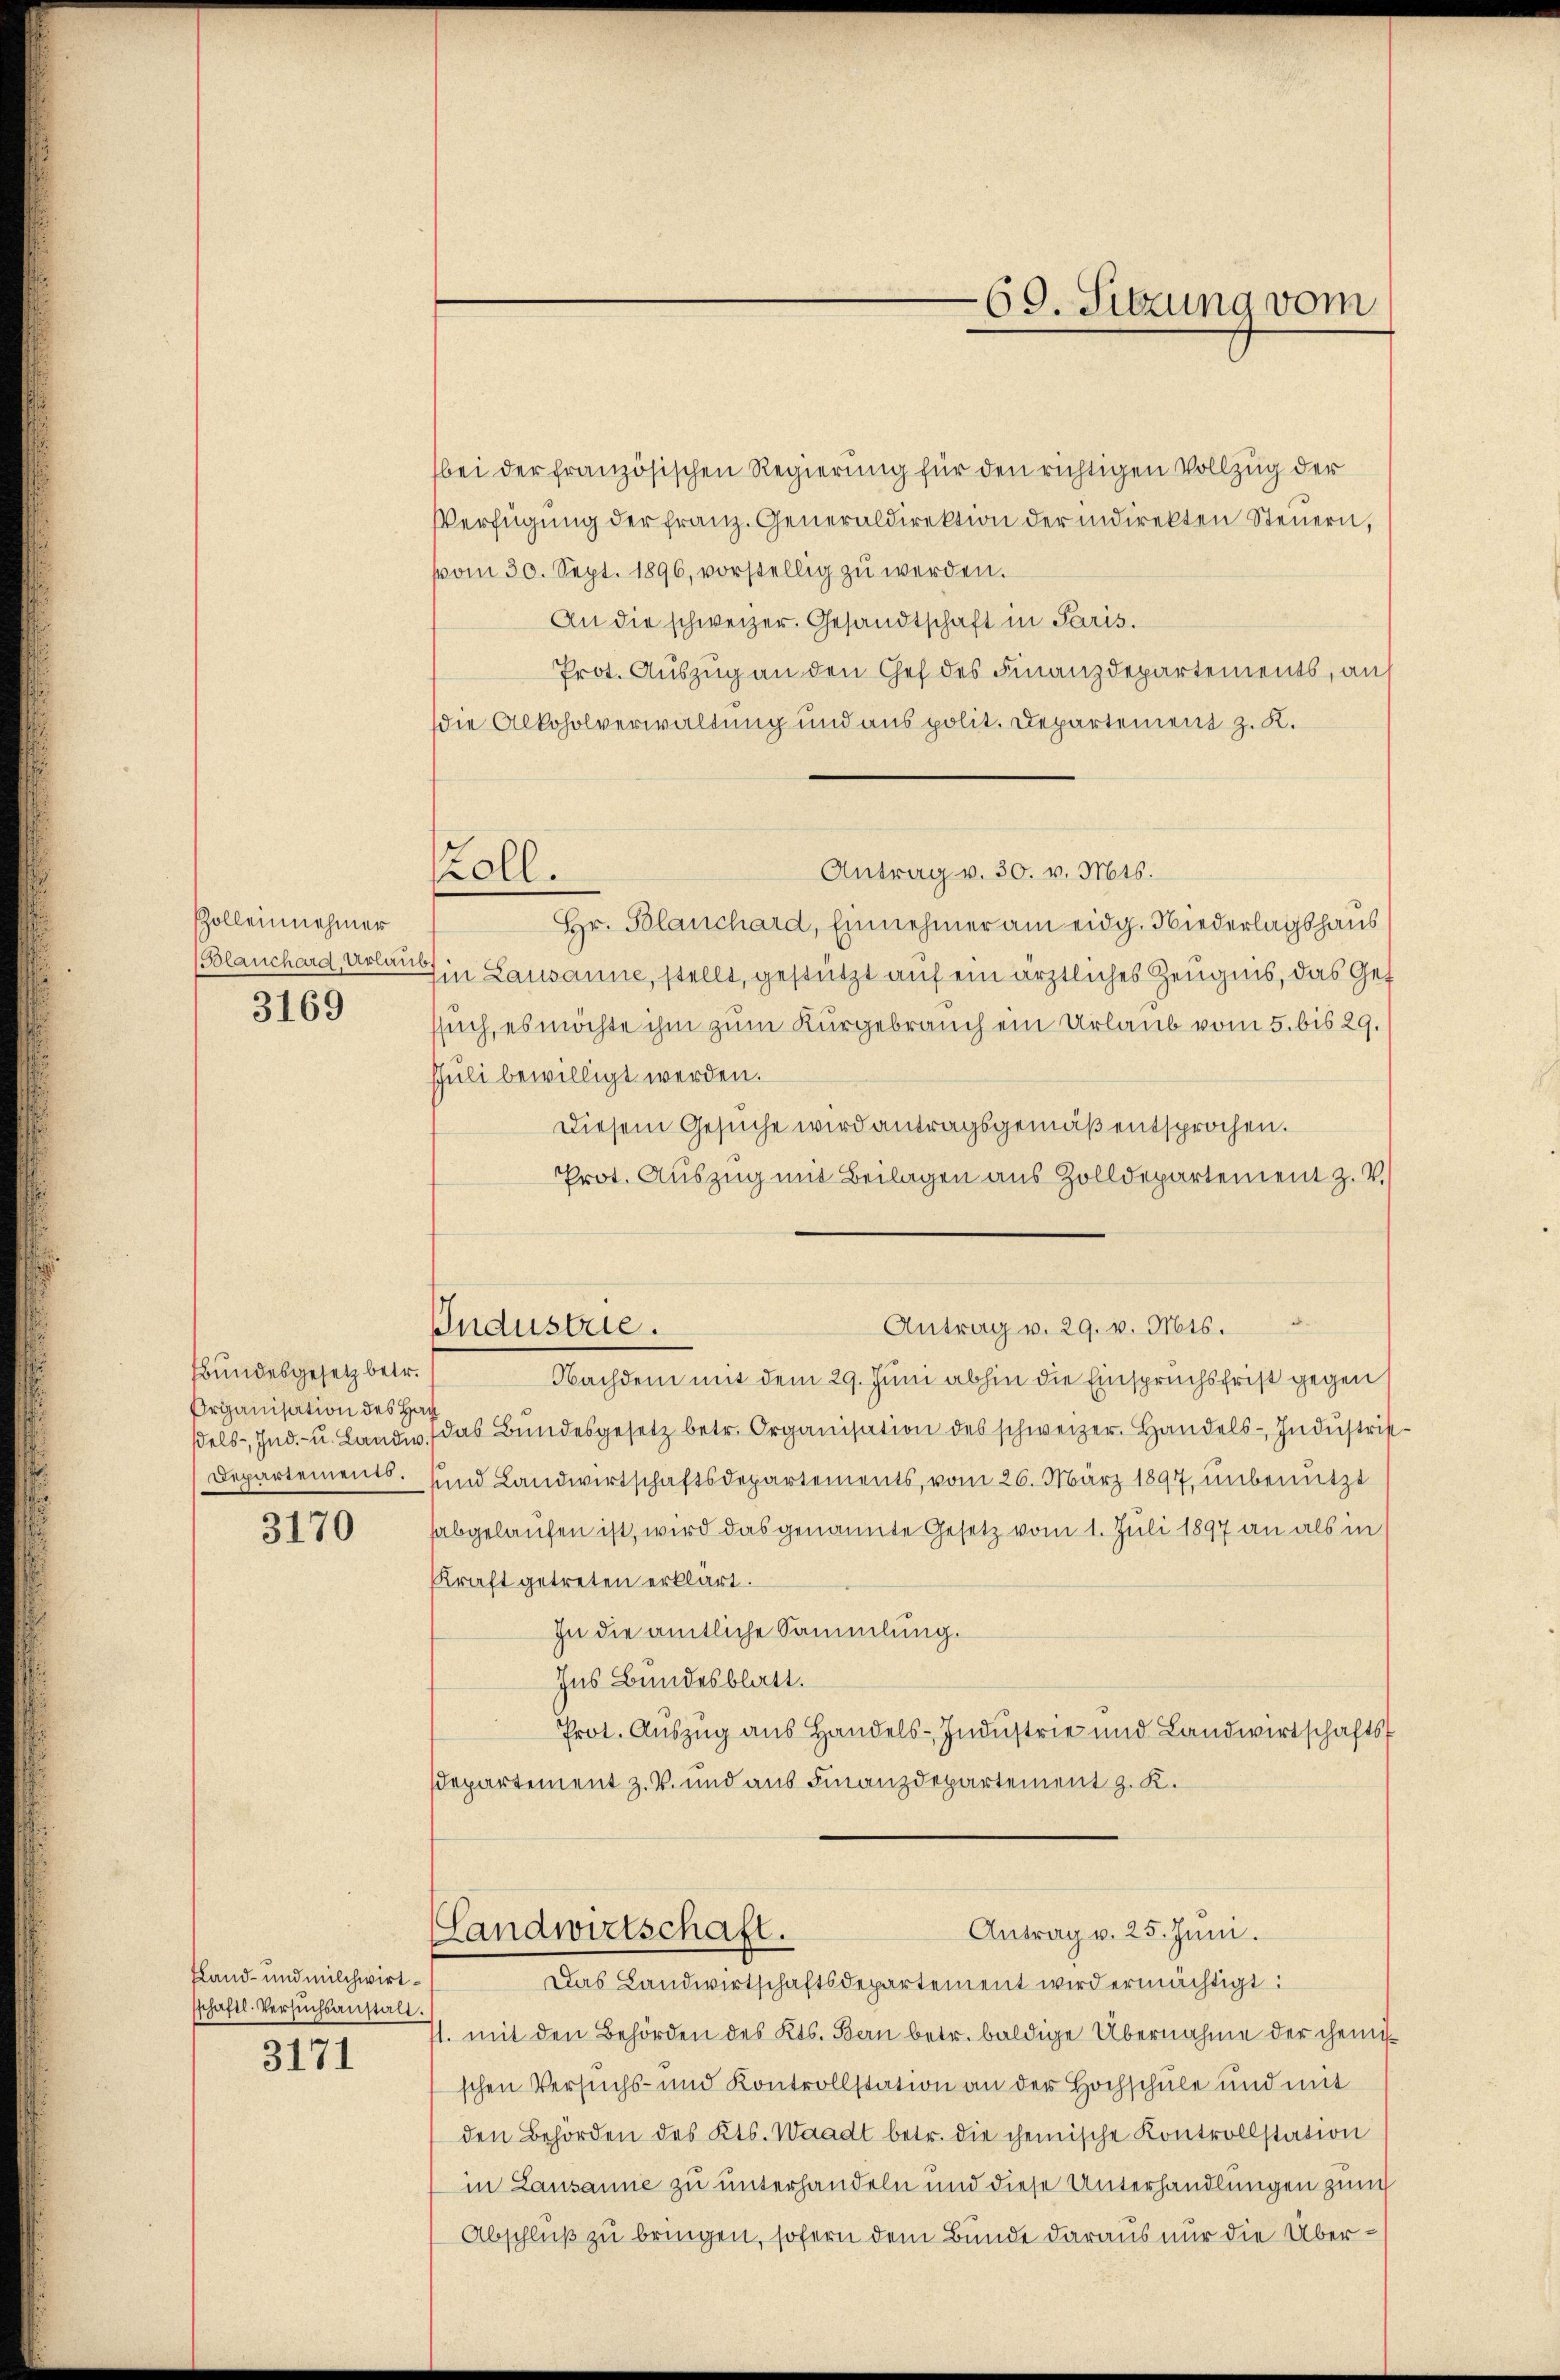
Zolleinehmer
3169

Bbundesgesetz betr.
Organisation des Hach

3170

koll.

sland- und milchwirtsschaftl. Versuchsanstalt.
3171

bei der französischen Regierung für den richtigen Vollzug der
Verfügŭng der franz. Generaldirektion der indirekten Steŭern,
vom 30. Sept. 1896, vorstellig zŭ werden.
An die schweizer. Gesandtschaft in Paris.
Prot. Auszug an den Chef des Finanzdepartements, auf
die Alkoholverwaltung und aus polit. Departement z. K.
Antrag v. 30. v. Mts.
Hr. Blanchard, Einnehmer am eidg. Niederlagshaus
(Blanchard, Urbar in Lausanne, stellt, gestützt auf ein ärztliches Zeugnis, das Gef
ssuch, es möchte ihm zum Kurgebrauch ein Urlaub vom 5. bis 29.
shuli bewilligt werden.
Diesem Gesuche wird antragsgemäß entsprochen.
Prot. Auszug mit Beilagen aus Zolldepartement z. B.)
Antrag v. 29. v. Mts.
Industrie.
Nachdem mit dem 29. Juni abhin die Einspruchsfrist gegen
βels. Ind.- u. Landi das Bŭndesgesetz betr. Organisation des schweizer. Handels- Indŭstrik
Departements. und Landwirtschaftsdepartements, vom 26. März 1897, unbenutzt
habgelaufen ist, wird das genannte Gesetz vom 1. Juli 1897 an als in
Kraft getreten erklärt.
In die amtliche Sammlung.
Ins Bundesblatt.
Prot. Auszug aus Handels-Industrie und Landwirtschafts
departement z. B. und aus Finanzdepartement z. K.

69. Sitzung vom

Antrag v. 25. Juni.
Landwirtschaft.
Das Landwirtschaftsdepartement wird ermächtigt:

71. mit den Behörden des Kts. Bern betr. baldige Übernahme der chemischen Versuchs- und Kontrollstation an der Hochschule und mit
den Behörden des Kts. Waadt betr. die chemische Kontrollstation
in Lausanne zu unterhandeln und diese Unterhandlungen zum
Abschluß zu bringen, sofern dem Bunde daraus nur die Über¬